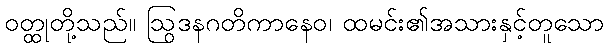
ဝတ္ထုတို့သည်။ ဩဒနဂတိကာနေဝ၊ ထမင်း၏အသွားနှင့်တူသော